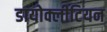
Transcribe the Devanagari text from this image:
डायोक्लीटियन